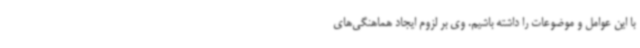
با این عوامل و موضوعات را داشته باشیم. وی بر لزوم ایجاد هماهنگی‌های